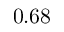
0 . 6 8